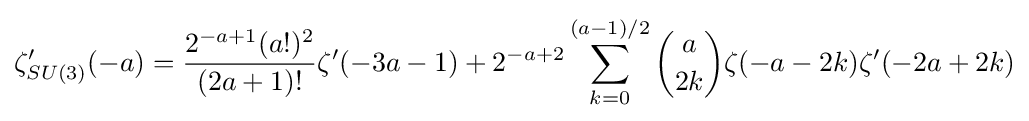
\zeta _{SU(3)}'(-a)={\frac {2^{-a+1}(a!)^{2}}{(2a+1)!}}\zeta '(-3a-1)+2^{-a+2}\sum _{k=0}^{(a-1)/2}{a \choose 2k}\zeta (-a-2k)\zeta '(-2a+2k)